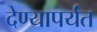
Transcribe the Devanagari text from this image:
देण्यापर्यंत